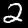
Label: 2